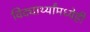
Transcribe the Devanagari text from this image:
विद्यार्थ्यांमध्येही